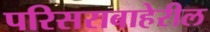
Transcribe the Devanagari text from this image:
परिसराबाहेरील